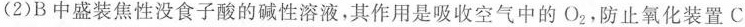
(2)B中盛装焦性没食子酸的碱性溶液，其作用是吸收空气中的O_{2}，防止氧化装置C